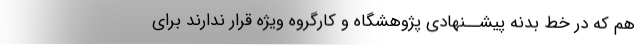
هم که در خط بدنه پیشــنهادی پژوهشگاه و کارگروه ویژه قرار ندارند برای